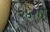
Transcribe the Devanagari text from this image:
२५शी